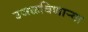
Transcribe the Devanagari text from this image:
उजळविणार्‍या